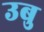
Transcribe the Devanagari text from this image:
उबु